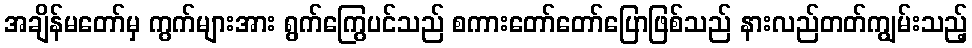
အချိန်မတော်မှ ကွက်များအား ရွက်ကြွေပင်သည် စကားတော်တော်ပြောဖြစ်သည် နားလည်တတ်ကျွမ်းသည့်